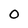
Character: 0